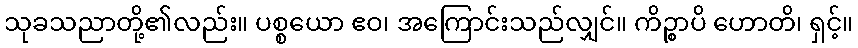
သုခသညာတို့၏လည်း။ ပစ္စယော ဧဝ၊ အကြောင်းသည်လျှင်။ ကိဉ္စာပိ ဟောတိ၊ ရှင့်။